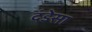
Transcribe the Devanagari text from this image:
दंडेसा